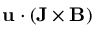
\mathbf { u } \cdot ( \mathbf { J } \times \mathbf { B } )